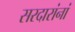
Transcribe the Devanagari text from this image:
सरदारांनां